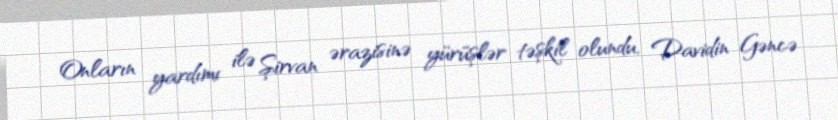
Onların yardımı ilə Şirvan ərazisinə yürüşlər təşkil olundu, Davidin Gəncə